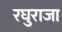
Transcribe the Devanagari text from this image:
रघुराजा